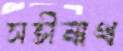
সতীনাথ